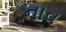
નાવ